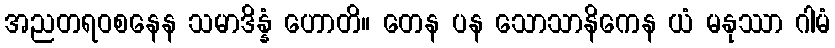
အညတရဝစနေန သမာဒိန္နံ ဟောတိ။ တေန ပန သောသာနိကေန ယံ မနုဿာ ဂါမံ